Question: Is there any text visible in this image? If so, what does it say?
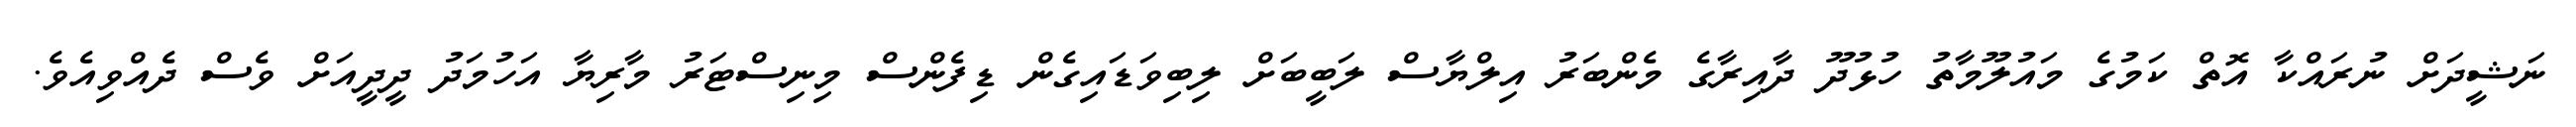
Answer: ނަޝީދަށް ނުރައްކާ އޮތް ކަމުގެ މައުލޫމާތު ހުޅުދޫ ދާއިރާގެ މެންބަރު އިލްޔާސް ލަބީބަށް ލިބިވަޑައިގެން ޑިފެންސް މިނިސްޓަރު މާރިޔާ އަހުމަދު ދީދީއަށް ވެސް ދެއްވިއެވެ.